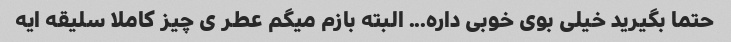
حتما بگیرید خیلی بوی خوبی داره... البته بازم میگم عطر ی چیز کاملا سلیقه ایه